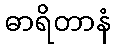
ဓာရိတာနံ